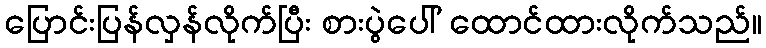
ပြောင်းပြန်လှန်လိုက်ပြီး စားပွဲပေါ် ထောင်ထားလိုက်သည်။